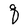
Character: q